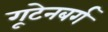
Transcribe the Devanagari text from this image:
गूटेनबर्ग